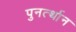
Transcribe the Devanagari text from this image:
पुनर्त्थान